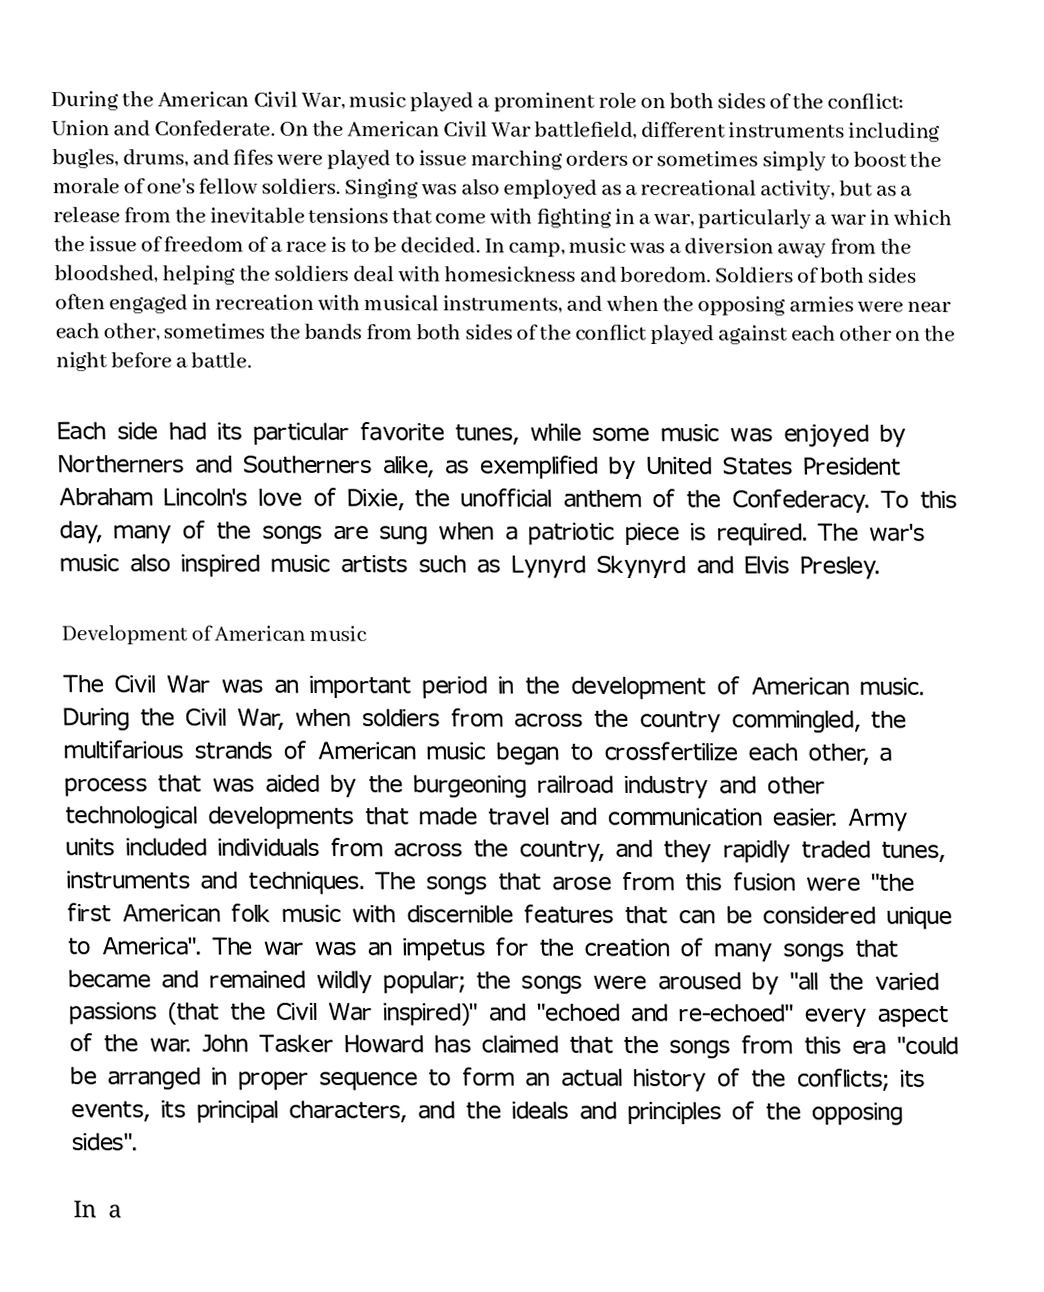
During the American Civil War, music played a prominent role on both sides of the conflict: Union and Confederate. On the American Civil War battlefield, different instruments including bugles, drums, and fifes were played to issue marching orders or sometimes simply to boost the morale of one's fellow soldiers. Singing was also employed as a recreational activity, but as a release from the inevitable tensions that come with fighting in a war, particularly a war in which the issue of freedom of a race is to be decided. In camp, music was a diversion away from the bloodshed, helping the soldiers deal with homesickness and boredom.  Soldiers of both sides often engaged in recreation with musical instruments, and when the opposing armies were near each other, sometimes the bands from both sides of the conflict played against each other on the night before a battle.

Each side had its particular favorite tunes, while some music was enjoyed by Northerners and Southerners alike, as exemplified by United States President Abraham Lincoln's love of Dixie, the unofficial anthem of the Confederacy.  To this day, many of the songs are sung when a patriotic piece is required.  The war's music also inspired music artists such as Lynyrd Skynyrd and Elvis Presley.

Development of American music
The Civil War was an important period in the development of American music.  During the Civil War, when soldiers from across the country commingled, the multifarious strands of American music began to crossfertilize each other, a process that was aided by the burgeoning railroad industry and other technological developments that made travel and communication easier.  Army units included individuals from across the country, and they rapidly traded tunes, instruments and techniques.  The songs that arose from this fusion were "the first American folk music with discernible features that can be considered unique to America".  The war was an impetus for the creation of many songs that became and remained wildly popular; the songs were aroused by "all the varied passions (that the Civil War inspired)" and "echoed and re-echoed" every aspect of the war.  John Tasker Howard has claimed that the songs from this era "could be arranged in proper sequence to form an actual history of the conflicts; its events, its principal characters, and the ideals and principles of the opposing sides".

In a